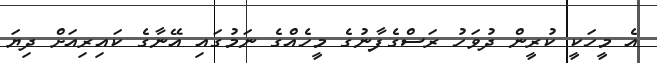
އެ މީހަކީ ކުރީން ދުވަހު ރަސްގެފާނުގެ މީހެއްގެ ނަމުގައި އޭނާގެ ކައިރިއަށް ދިޔަ